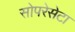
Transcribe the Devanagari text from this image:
सोपरेसेटा